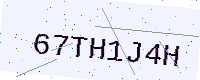
Text: 67TH1J4H